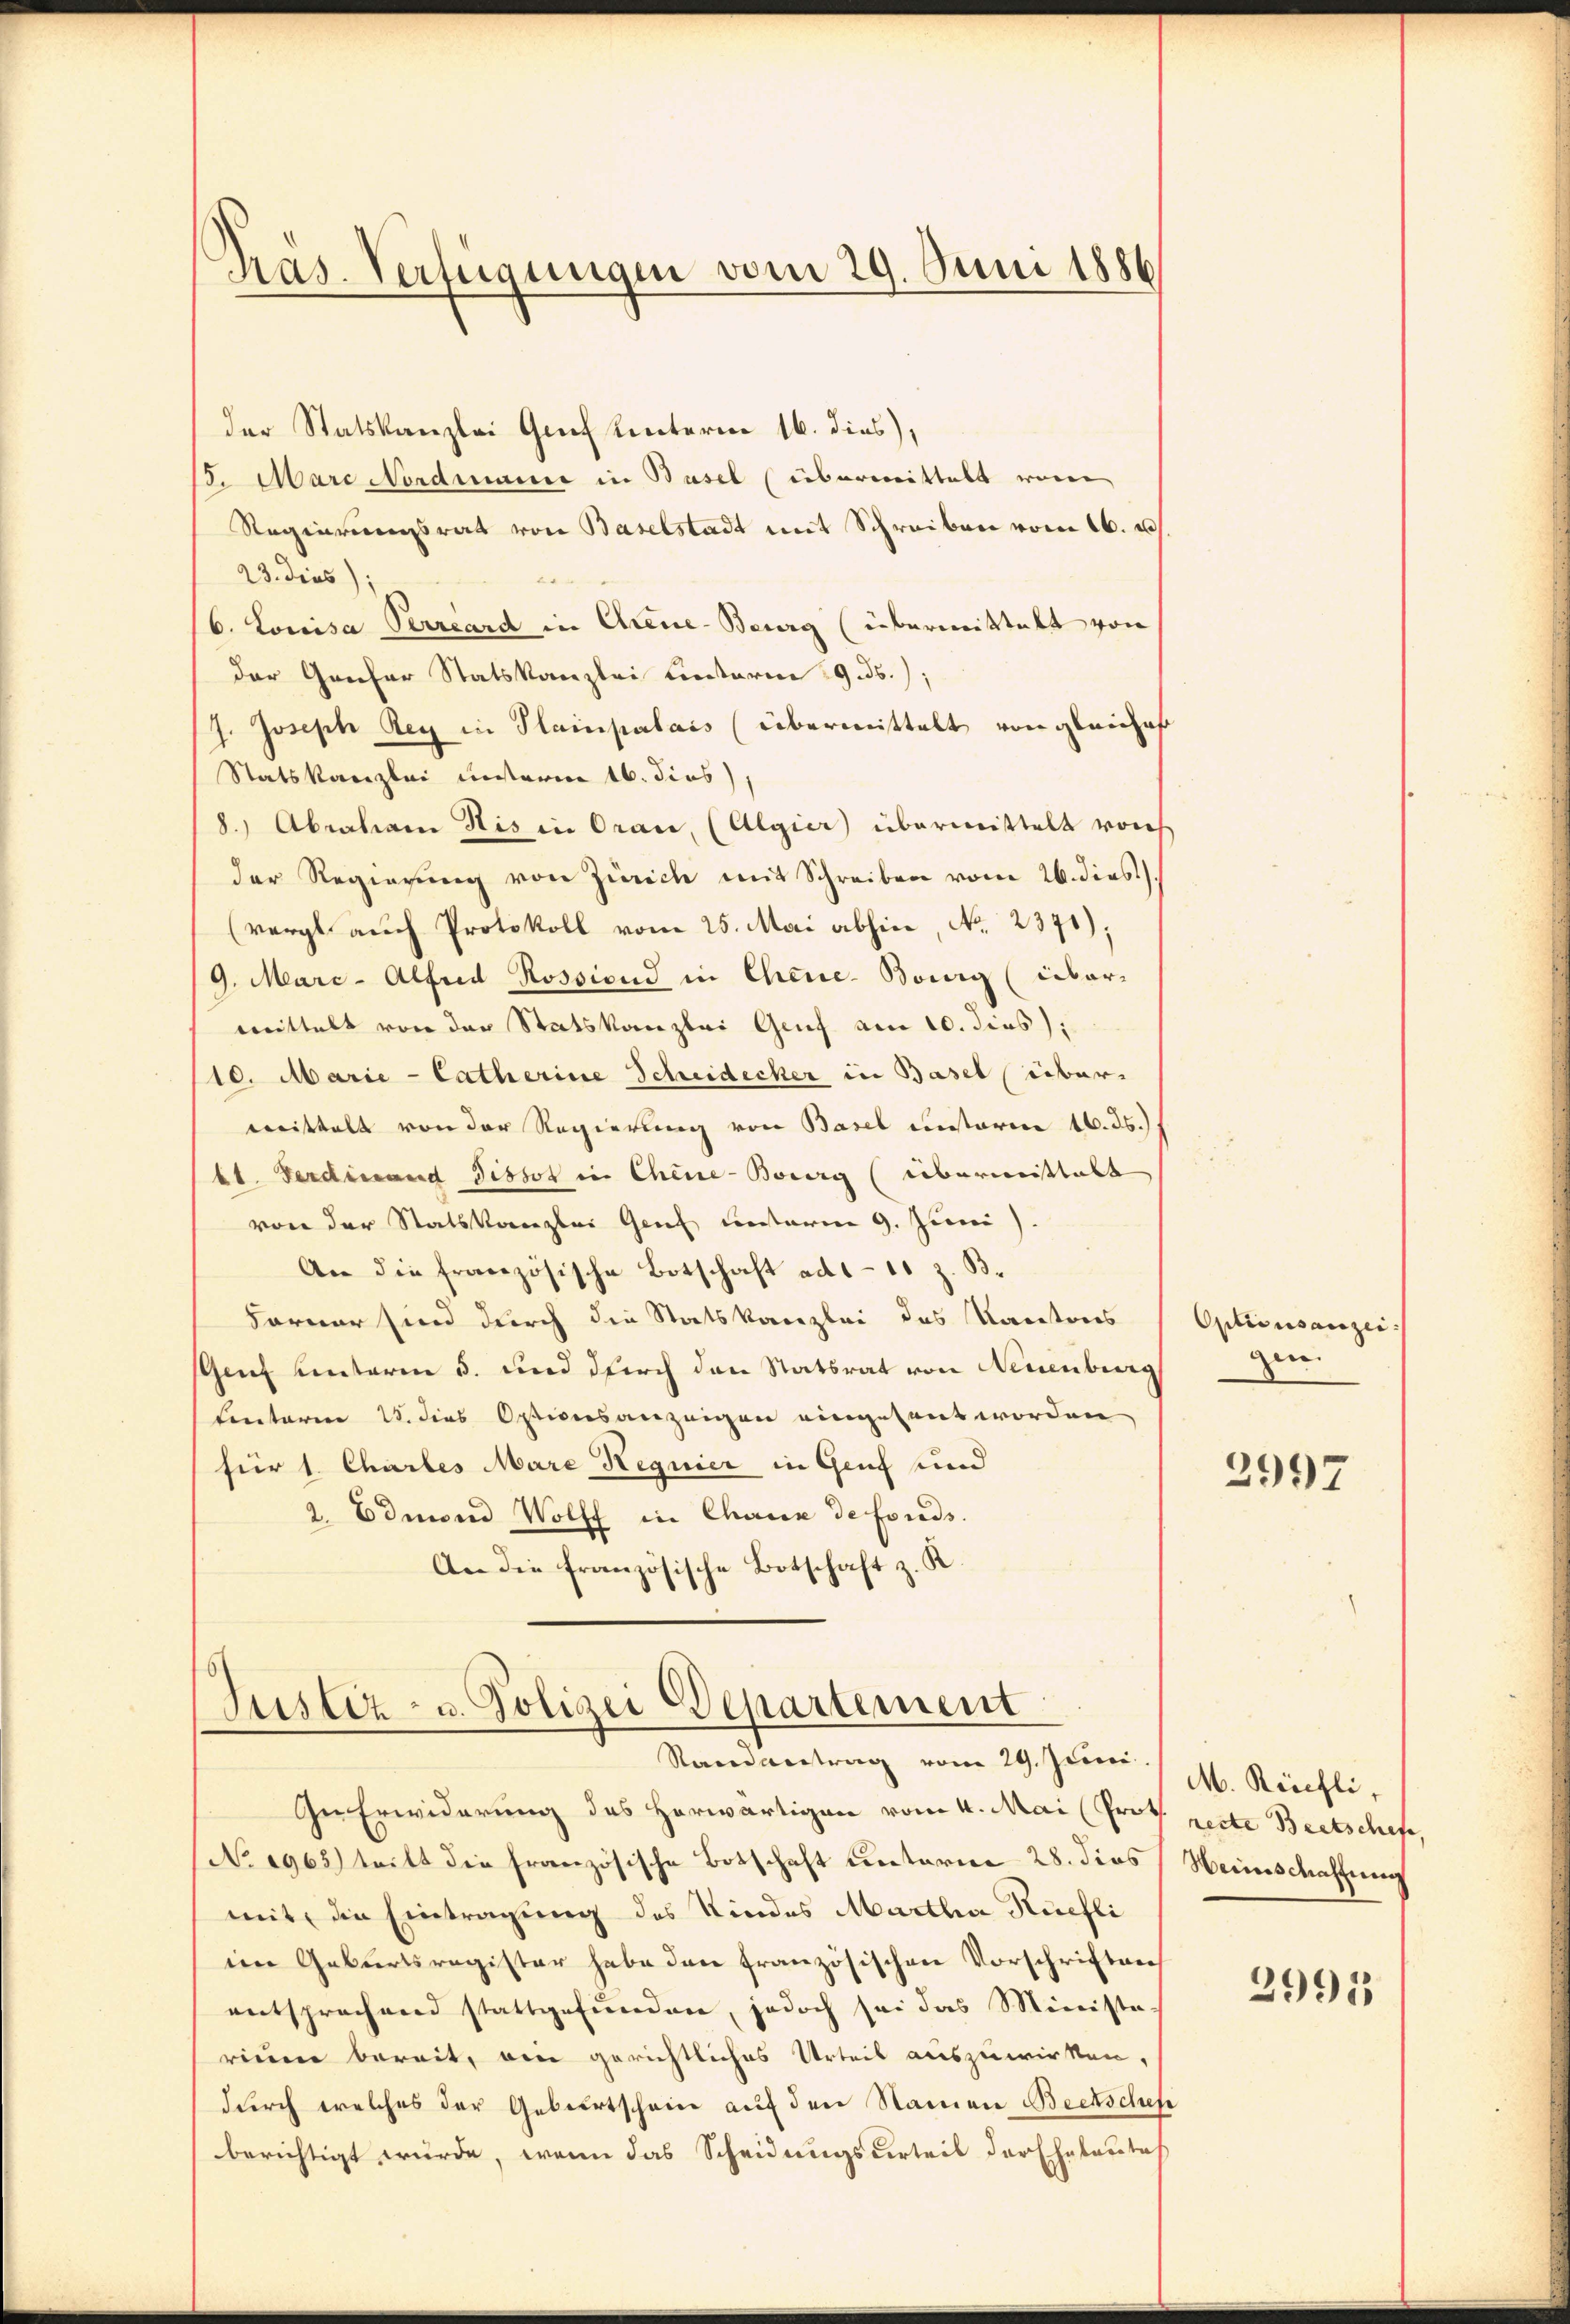
Präs. Verfügungen vom 29. Juni 1886

der Statskanzlei Genf hinterne 16. dies),
13. Marc Nordmann in Basel (übermittelt vom
Regierungsrat von Baselstadt mit Schreiben vom 16. u.s.
23. dies);

6. Louisa Perreard in Areue-Berg (übermittalt von
der Genfer Statskanzlei unterm 19.ds.);
J. Joseph Rey in Hainpalais (übermittelt von gleiches
Statskanzlei unterm 16. Fins),
8.) Abraham His in Oran, (Algier übermittelt vorh
der Regierung von Zürich mit Schreiben vom 26. dies
(vergl. auch Protokoll vom 25. Mai abhin, No. 2371);
9. Marc-Alfred Rossiond in Chene Bourg (über-
mittelt von der Statskanzlei Genf am 10. dies
10. Marie-Catherine Scheidecker in Basel über
mittelt von der Regierung von Basel unterm 16. ds.
bt. Ferdinand Pissot in Chine-Bourg (übermittalt
von der Statskanzlei Genf unterm 9. Juni
An die französische Botschaft ad 1 - 11 z. B.
Forner sind durch die Statskanzlei des Kantons
Genf unterm 5. und durch den Statsrat von Neuenburg
Lentaren 28. dies Optionsanzeigen eingesant worden
für 1. Chartes Mare Regnier in Genf und
2. Edmond Wolff in Chaux de fonds.
An die französische Botschaft z. R.

Justiz- u. Polizei Departement
Randantrag vom 29. Juni / M. Rächli,

In Erwiderung des Horwärtigen vom 4. Mai (Prof recte Beetschefe
No. 1965) tritt die französische Botschaft unterm 28. dies Heimschaffung
mit die Eintragung des Kindes Martha Nüchli
im Geburtsregister habe den französischen Vorschriften
entsprechend stattgefunden, jedoch sei das Ministe
rium bereit, ein gerichtliches Urteil auszuwirken,
durch welches der Geburtschein auf den Namen Beetschehe
berichtigt würde, wenn das Scheidungsurteil der Eheleutet

Optionsanzei
gen.

2997

2991